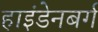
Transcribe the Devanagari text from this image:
हाइंडेनबर्ग